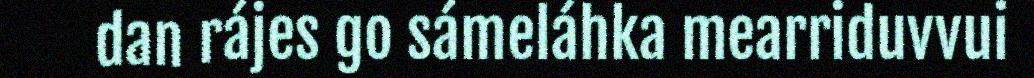
dan rájes go sámeláhka mearriduvvui